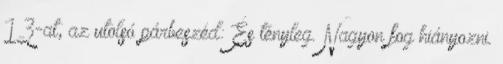
13-at, az utolsó párbeszéd: És tényleg. Nagyon fog hiányozni.